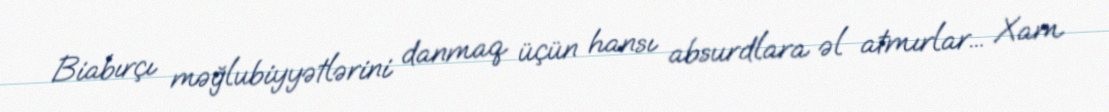
Biabırçı məğlubiyyətlərini danmaq üçün hansı absurdlara əl atmırlar... Xam